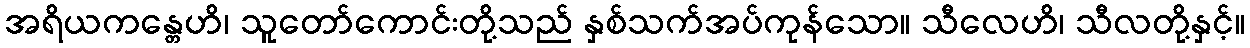
အရိယကန္တေဟိ၊ သူတော်ကောင်းတို့သည် နှစ်သက်အပ်ကုန်သော။ သီလေဟိ၊ သီလတို့နှင့်။